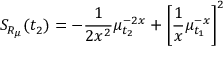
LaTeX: S _ { R _ { \mu } } ( t _ { 2 } ) = - \frac { 1 } { 2 x ^ { 2 } } \mu _ { t _ { 2 } } ^ { - 2 x } + \left[ \frac { 1 } { x } \mu _ { t _ { 1 } } ^ { - x } \right] ^ { 2 }